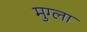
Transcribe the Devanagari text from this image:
मुग्ला